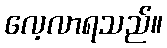
လေ့လာရသည်။